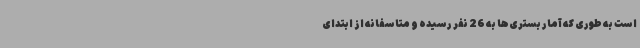
است به طوری که آمار بستری‌ها به 26 نفر رسیده و متاسفانه از ابتدای